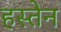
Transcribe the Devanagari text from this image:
हस्तेन